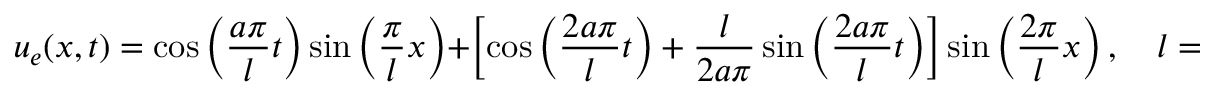
u _ { e } ( x , t ) = \cos \left( \frac { a \pi } { l } t \right) \sin \left( \frac { \pi } { l } x \right) + \left[ \cos \left( \frac { 2 a \pi } { l } t \right) + \frac { l } { 2 a \pi } \sin \left( \frac { 2 a \pi } { l } t \right) \right] \sin \left( \frac { 2 \pi } { l } x \right) , \quad l = x _ { 1 } - x _ { 0 } .